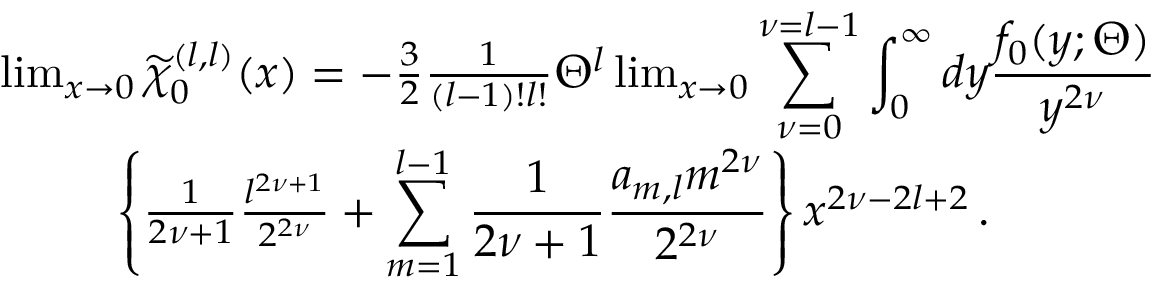
\begin{array} { r l } & { \operatorname* { l i m } _ { x \to 0 } \widetilde { \chi } _ { 0 } ^ { ( l , l ) } ( \boldsymbol { x } ) = - \frac { 3 } { 2 } \frac { 1 } { ( l - 1 ) ! l ! } \Theta ^ { l } \operatorname* { l i m } _ { x \to 0 } \displaystyle \sum _ { \nu = 0 } ^ { \nu = l - 1 } \int _ { 0 } ^ { \infty } d y \frac { f _ { 0 } ( y ; \Theta ) } { y ^ { 2 \nu } } } \\ & { \qquad \, \, \, \left\{ \frac { 1 } { 2 \nu + 1 } \frac { l ^ { 2 \nu + 1 } } { 2 ^ { 2 \nu } } + \displaystyle \sum _ { m = 1 } ^ { l - 1 } \frac { 1 } { 2 \nu + 1 } \frac { a _ { m , l } m ^ { 2 \nu } } { 2 ^ { 2 \nu } } \right\} x ^ { 2 \nu - 2 l + 2 } \, . } \end{array}